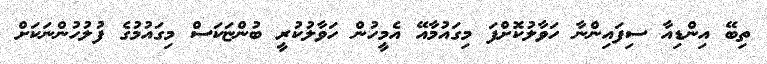
ތިބޭ އިންޑިއާ ސިފައިންނާ ހަވާލުކޮށްފަ މިގައުމާއޭ އެމީހުން ހަވާލުކުރީ ބުންޏަކަސް މިގައުމުގެ ފުލުހުންނަކަށް